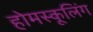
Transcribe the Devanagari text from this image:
होमस्कूलिंग